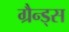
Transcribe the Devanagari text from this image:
ग्रैन्ड्स